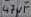
Text: 47µF